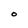
Character: O